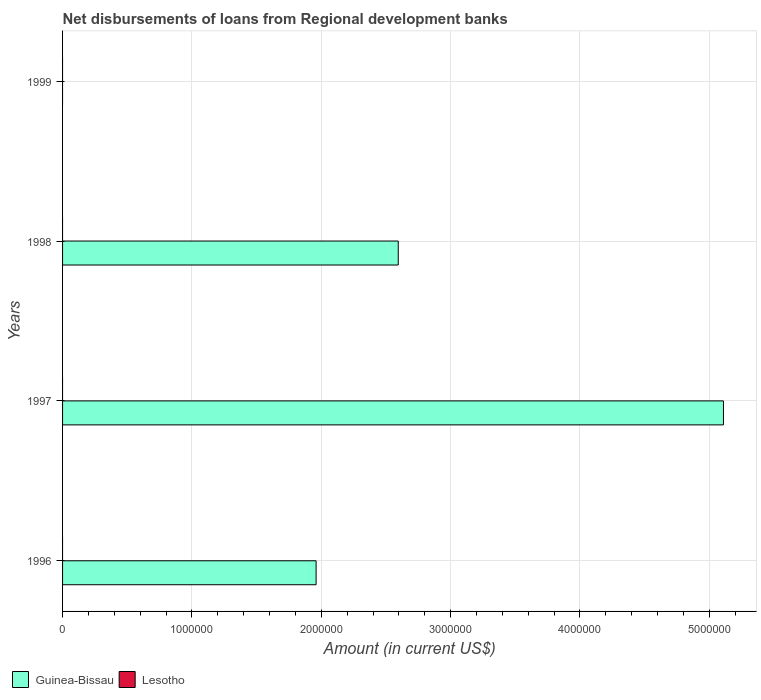
| Years | Guinea-Bissau | Lesotho |
 | --- | --- | --- |
 | 1996 | 1.96e+06 | -3.4e+06 |
 | 1997 | 5.11e+06 | -4.26e+06 |
 | 1998 | 2.6e+06 | -4.92e+06 |
 | 1999 | -6.15e+05 | -5.88e+06 |